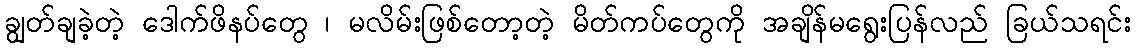
ချွတ်ချခဲ့တဲ့ ဒေါက်ဖိနပ်တွေ ၊ မလိမ်းဖြစ်တော့တဲ့ မိတ်ကပ်တွေကို အချိန်မရွေးပြန်လည် ခြယ်သရင်း